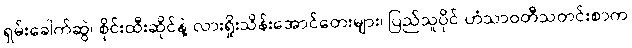
ရှမ်းခေါက်ဆွဲ၊ စိုင်းထီးဆိုင်နဲ့ လားရှိုးသိန်းအောင်တေးများ၊ ပြည်သူပိုင် ဟံသာဝတီသတင်းစာက